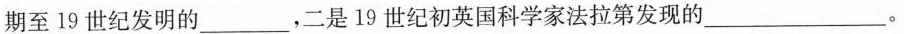
期至19世纪发明的___，二是19世纪初英国科学家法拉第发现的___。